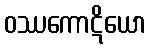
ဝဿကောဋိယော